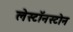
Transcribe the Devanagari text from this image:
लेस्टॉनस्टोन